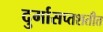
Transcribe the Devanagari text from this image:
दुर्गासप्तशतीत